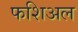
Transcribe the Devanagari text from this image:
फशिअल